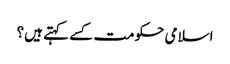
اسلامی حکومت کسے کہتے ہیں؟